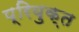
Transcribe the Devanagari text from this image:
प्रियुक्त